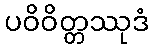
ပဝိဝိတ္တဿုဒံ